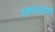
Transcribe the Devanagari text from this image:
पेनीटेनटियारी